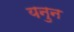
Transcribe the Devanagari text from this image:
यनुन